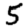
Digit: 5